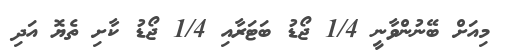
މިއަށް ބޭނުންވާނީ 1/4 ޖޯޑު ބަޓަރާއި 1/4 ޖޯޑު ކާށި ތެޔޮ އަދި